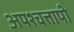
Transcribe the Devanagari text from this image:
अपश्चत्तापी